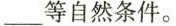
___等自然条件。